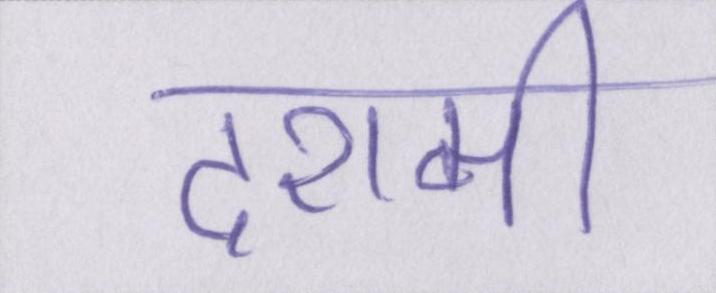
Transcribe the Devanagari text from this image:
दशमी